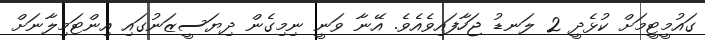
ގައުމީޓީމަށް ކުޅެދީ 2 ލަނޑު ޖަހާފައިވެއެވެ. އޭނާ ވަނީ ނިމިގެން ދިޔަސީޒަނުގައި އިންޓަމިލާނަށް